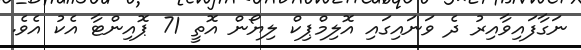
ނަގާފައިވާއިރު ދެ ވަނައިގައި އޮލިމްޕިކް ލިޔޯން އޮތީ 71 ޕޮއިންޓާ އެކު އެވެ.